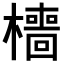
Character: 𣞸